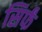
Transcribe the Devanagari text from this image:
सिर्फं